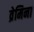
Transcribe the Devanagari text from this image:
व्रेमिना